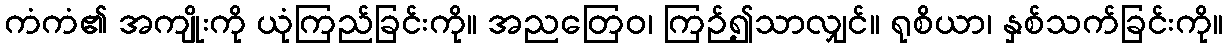
ကံကံ၏ အကျိုးကို ယုံကြည်ခြင်းကို။ အညတြေဝ၊ ကြဉ်၍သာလျှင်။ ရုစိယာ၊ နှစ်သက်ခြင်းကို။